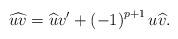
LaTeX: \begin{align*}\widehat{uv}=\widehat{u}v^{\prime }+\left( -1\right) ^{p+1}u\widehat{v}.\end{align*}